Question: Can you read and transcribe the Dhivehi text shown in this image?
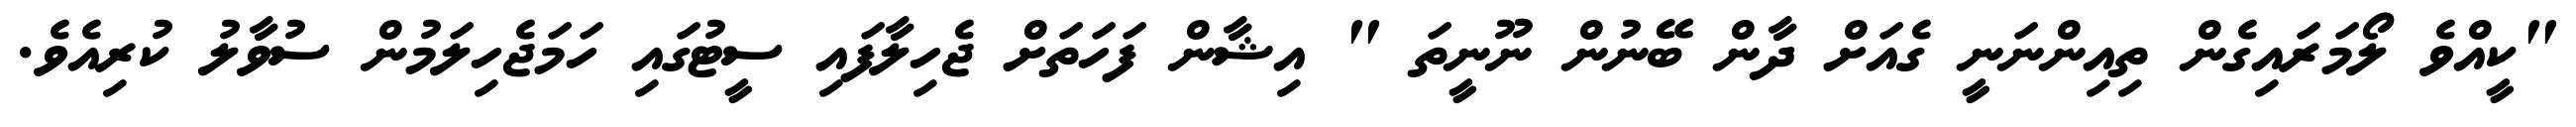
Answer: "ކީއްވެ ލޯމަރައިގެން ތިއިންނަނީ ގެއަށް ދާން ބޭނުން ނޫނީތަ " އިޝާން ފަހަތަށް ޖެހިލާފައި ސީޓުގައި ހަމަޖެހިލަމުން ސުވާލު ކުރިއެވެ.